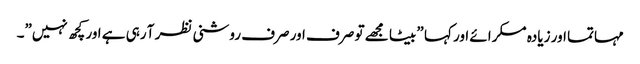
مہاتما اور زیادہ مسکرائے اور کہا ” بیٹا مجھے تو صرف اور صرف روشنی نظر آ رہی ہے اور کچھ نہیں”۔